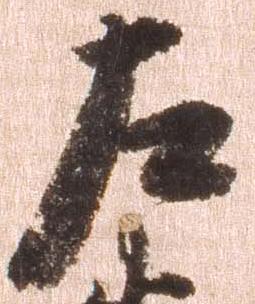
左